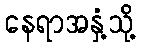
နေရာအနှံ့သို့